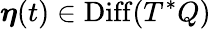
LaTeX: \boldsymbol\eta(t)\in\operatorname{Diff}(T^{*}Q)